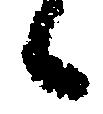
々